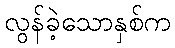
လွန်ခဲ့သောနှစ်က